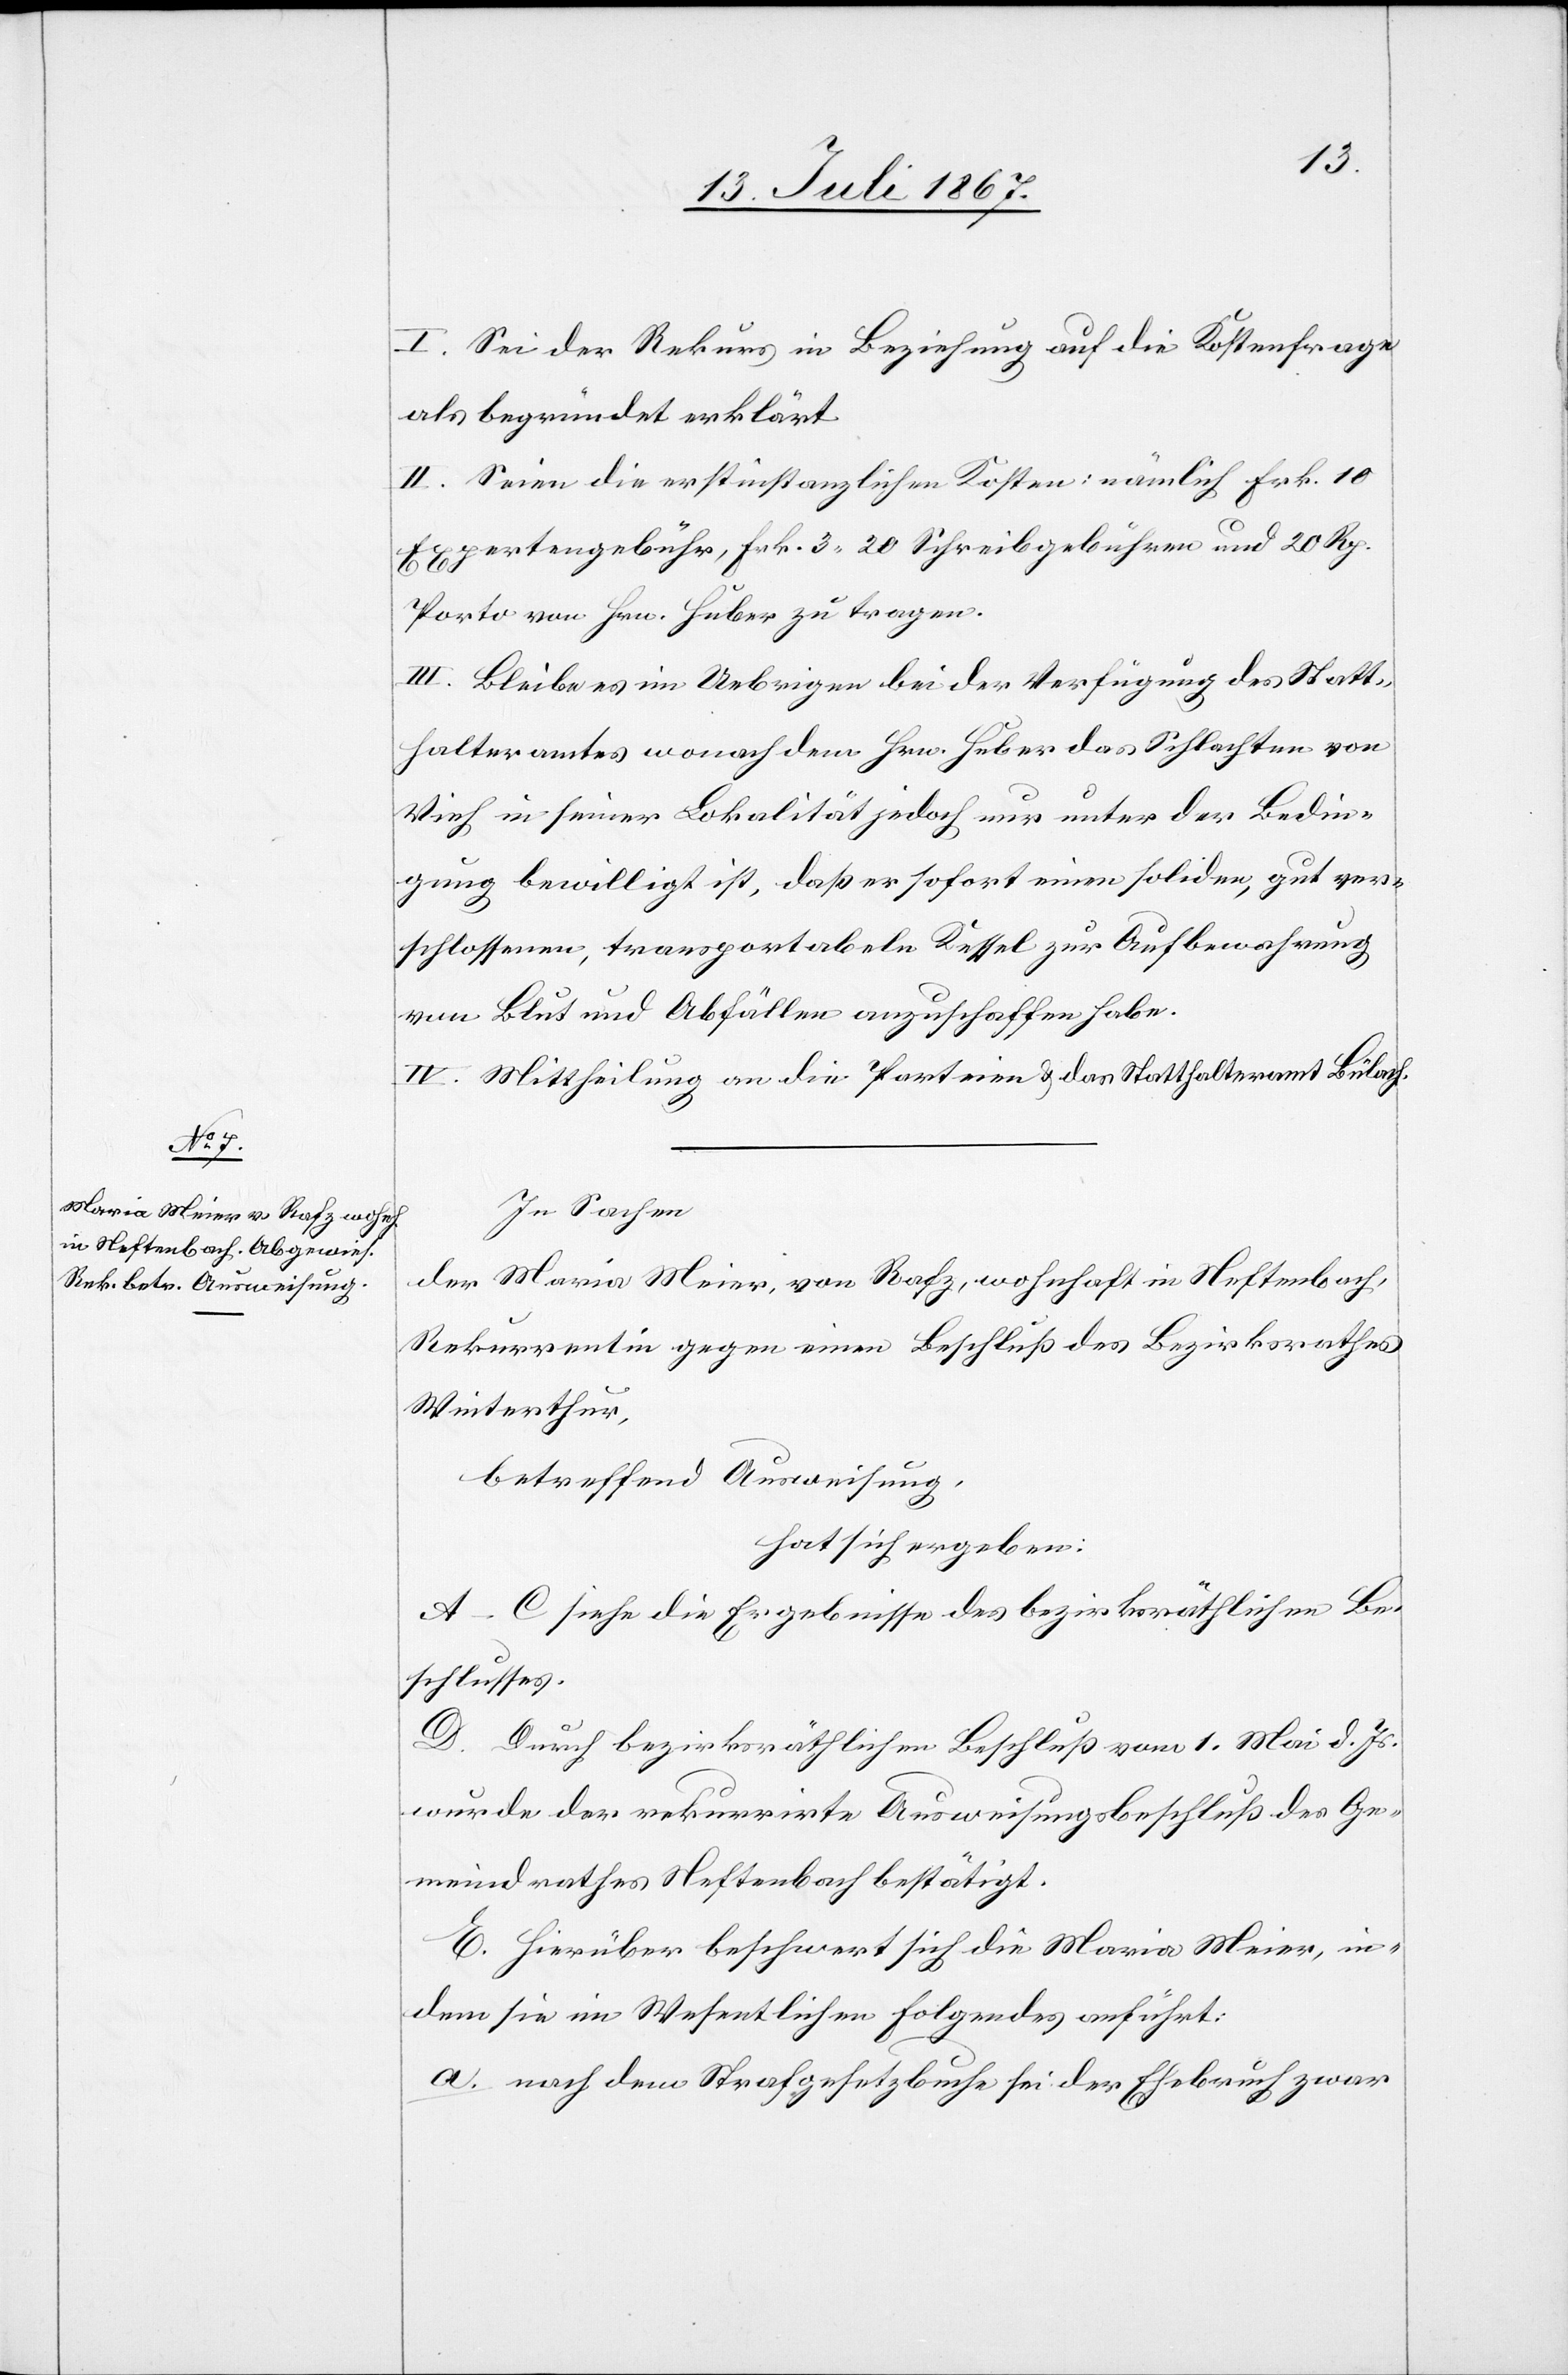
I. Sei der Rekurs in Beziehung auf die Kostenfrage
als begründet erklärt.
II. Seien die erstinstanzlichen Kosten: nämlich Frk. 10
Expertengebühr, Frk. 3.20 Schreibgebühren und 20 Rp.
Porto von Hrn. Huber zu tragen.
III. Bleibe es im Uebrigen bei der Verfügung des Statt¬
halteramtes wonach dem Hrn. Huber das Schlachten von
Vieh in seiner Lokalität jedoch nur unter der Bedin¬
gung bewilligt ist, daß er sofort einen soliden, gut ver¬
schlossenen, transportabeln Kessel zur Aufbewahrung
von Blut und Abfällen anzuschaffen habe.
IV. Mittheilung an die Parteien u. das Statthalteramt Bülach.
In Sachen
der Maria Meier, von Rafz, wohnhaft in Neftenbach,
Rekurrentin gegen einen Beschluß des Bezirksrathes
Winterthur,
betreffend Ausweisung,
hat sich ergeben:
A–C siehe die Ergebnisse des bezirksräthlichen Be¬
schlusses.
D. Durch bezirksräthlichen Beschluß vom 1. Mai d. Js.
wurde der rekurrirte Ausweisungsbeschluß des Ge¬
meindrathes Neftenbach bestätigt.
E. Hierüber beschwert sich die Maria Meier, in¬
dem sie im Wesentlichen folgendes anführt:
a. nach dem Strafgesetzbuche sei der Ehebruch zwar